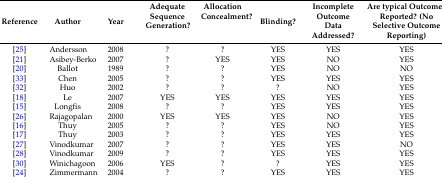
| Reference | Author | Year | Adequate Sequence Generation? | Allocation Concealment? | Blinding? | Incomplete Outcome Data Addressed? | Are typical Outcomes Reported? (No Selective Outcome Reporting) |
 | --- | --- | --- | --- | --- | --- | --- | --- |
 | [25] | Andersson | 2008 | ? | ? | YES | YES | YES |
 | [21] | Asibey-Berko | 2007 | ? | YES | YES | NO | YES |
 | [20] | Ballot | 1989 | ? | ? | YES | NO | NO |
 | [33] | Chen | 2005 | ? | ? | YES | YES | YES |
 | [32] | Huo | 2002 | ? | ? | ? | NO | YES |
 | [18] | Le | 2007 | YES | YES | YES | YES | YES |
 | [15] | Longfis | 2008 | ? | ? | YES | YES | YES |
 | [26] | Rajagopalan | 2000 | YES | YES | YES | NO | YES |
 | [16] | Thuy | 2005 | ? | ? | YES | NO | YES |
 | [17] | Thuy | 2003 | ? | ? | YES | YES | YES |
 | [27] | Vinodkumar | 2007 | ? | ? | YES | YES | NO |
 | [28] | Vinodkumar | 2009 | ? | ? | YES | YES | YES |
 | [30] | Winichagoon | 2006 | YES | ? | ? | YES | YES |
 | [24] | Zimmermann | 2004 | ? | ? | YES | YES | YES |